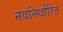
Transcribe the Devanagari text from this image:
नवनिर्धारित